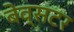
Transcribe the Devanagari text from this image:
बेव्सटर